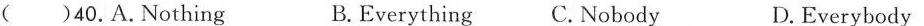
( )40.A.Nothing B.Everything C. Nobody D.Everybody